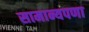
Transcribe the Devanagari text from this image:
सामान्यपणा